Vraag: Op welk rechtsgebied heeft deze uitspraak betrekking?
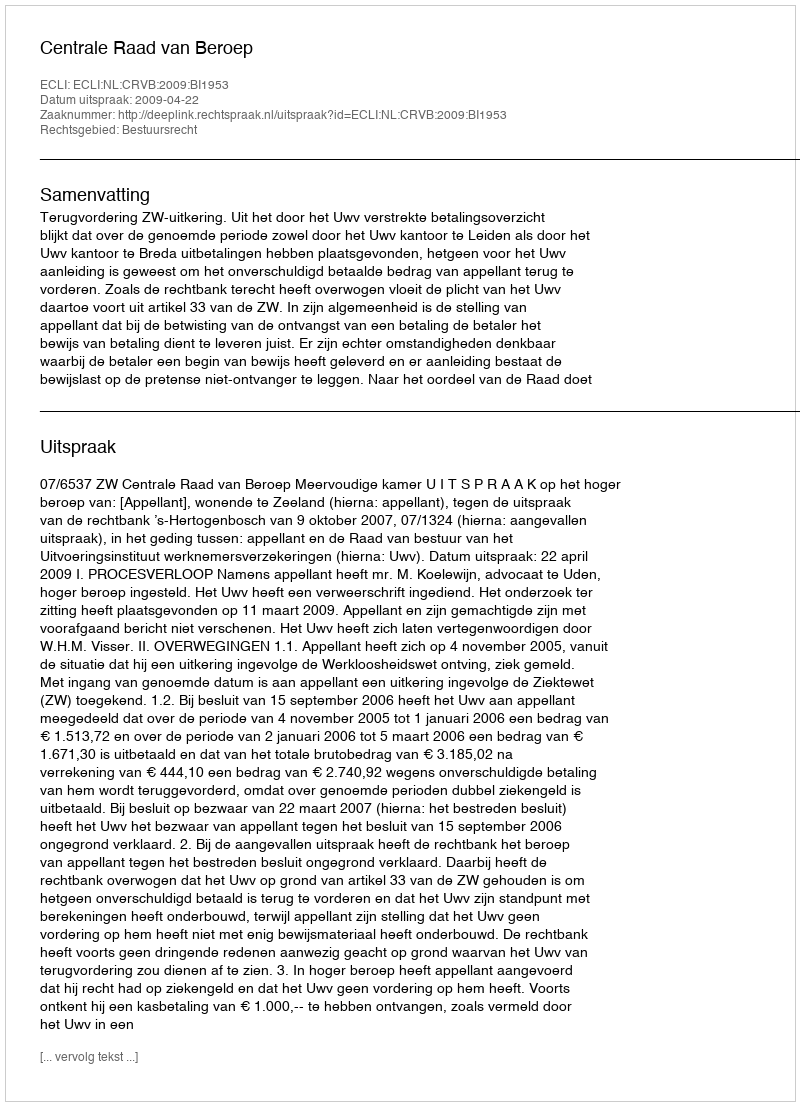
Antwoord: Bestuursrecht